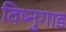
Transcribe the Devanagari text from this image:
विष्नुगाड